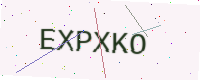
Text: EXPXKO